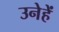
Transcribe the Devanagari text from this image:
उनेहें